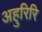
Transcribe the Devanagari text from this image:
अहुरिरि